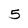
Character: 5